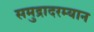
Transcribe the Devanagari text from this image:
समुद्रादरम्यान